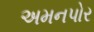
અમનપોર